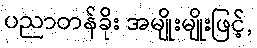
ပညာတန်ခိုး အမျိုးမျိုးဖြင့်,